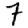
Digit: 7